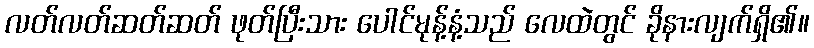
လတ်လတ်ဆတ်ဆတ် ဖုတ်ပြီးသား ပေါင်မုန့်နံ့သည် လေထဲတွင် ခိုနားလျက်ရှိ၏။